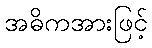
အဓိကအားဖြင့်